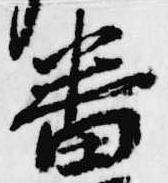
番